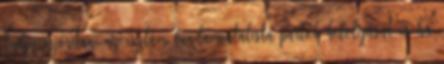
tudja szorítani az iszlám fundamentalista pártok befolyását és ha